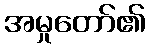
အမှုတော်၏